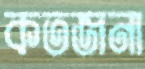
কতজনা